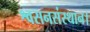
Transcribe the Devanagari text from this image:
श्वसनसंस्थान।